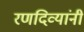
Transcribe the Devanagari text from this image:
रणदिव्यांनी